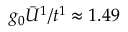
g _ { 0 } \bar { U } ^ { 1 } / t ^ { 1 } \approx 1 . 4 9